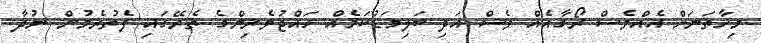
މިހާތަނަށް އެއްވެސް ރޯގާއެއް ވެސް އަދި ބަލިމަޑުކަމެއް ހައްޖުވެރިންގެ ތެރޭގައި ފެތުރެމުން ނުދާ